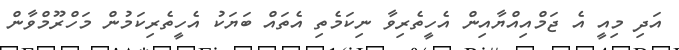
އަދި މިއީ އެ ޖަމްއިއްޔާއިން އެހީތެރިވާ ނިކަމެތި އެތައް ބަޔަކު އެހީތެރިކަމުން މަހްރޫމްވާން